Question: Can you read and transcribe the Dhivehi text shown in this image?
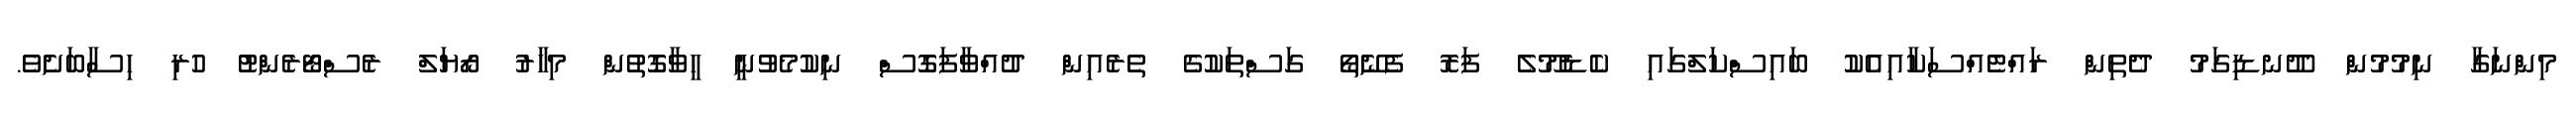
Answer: މިންނަގާ ނިމުމުން ދޫނޑިގަމު ދެތިން ރައްޓެއްސަކާއިއެކު ބައިސްކަލްގައި ކެޑެމޫލެ ފަރޮ ފެނޭތޯ ގަސްތަކުގެ ތެރެއިން ދުއްވާފަގޮސް ނިކުމެވުނީ ހީވާގޮތުން މިހާރު ރޯޔަލް ރެސްޓޯރެންޓު ހުރި ހިސާބަށެވެ.